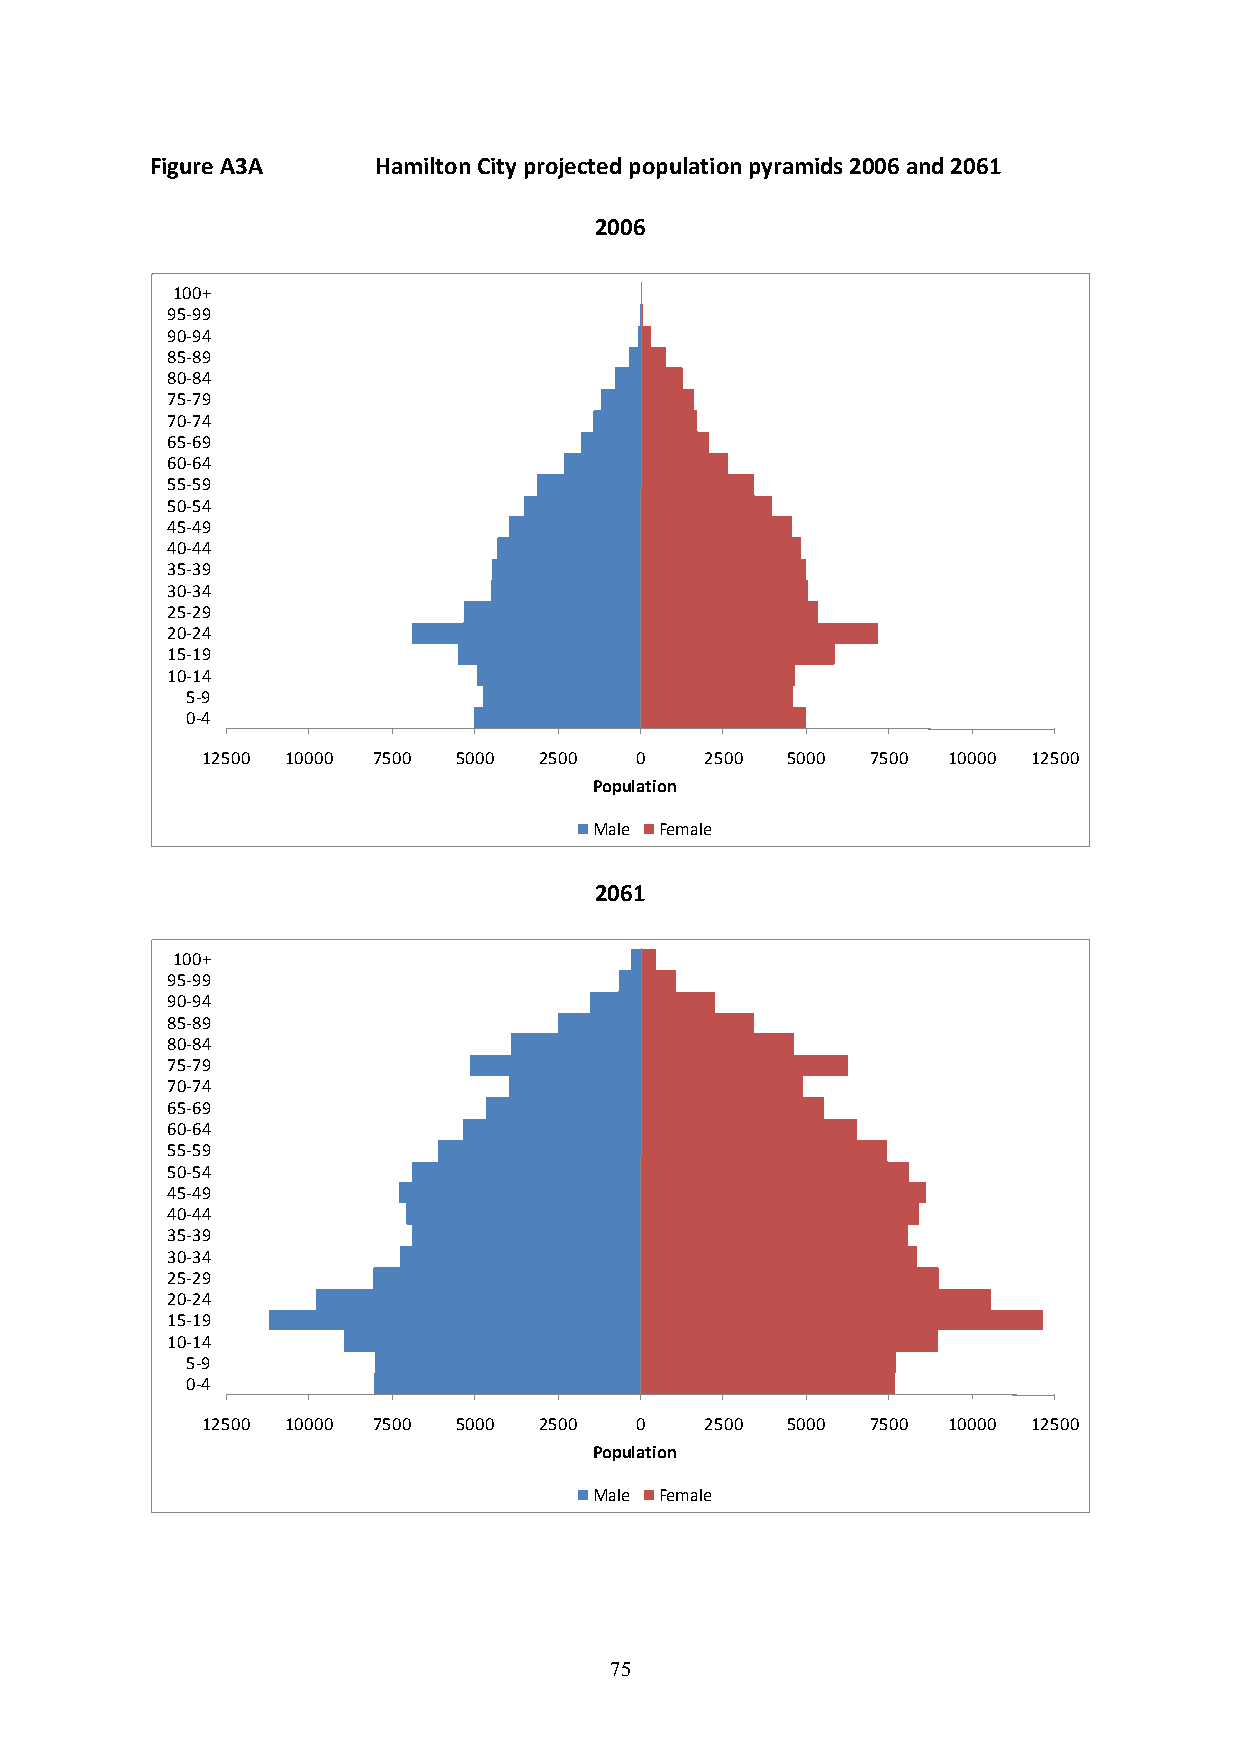
Figure A3A     Hamilton City projected population pyramids 2006 and 2061
 2006
 100+
 95-99
 90-94
 85-89
 80-84
 75-79
 70-74
 65-69
 60-64
 55-59
 50-54
 45-49
 40-44
 35-39
 30-34
 25-29
 20-24
 15-19
 10-14
 5-9
 0-4
 12500 10000 7500 5000  2500  0    2500 5000  7500 10000 12500
 Population
 Male Female
 2061
 100+
 95-99
 90-94
 85-89
 80-84
 75-79
 70-74
 65-69
 60-64
 55-59
 50-54
 45-49
 40-44
 35-39
 30-34
 25-29
 20-24
 15-19
 10-14
 5-9
 0-4
 12500 10000 7500 5000  2500  0    2500 5000  7500 10000 12500
 Population
 Male Female
 75